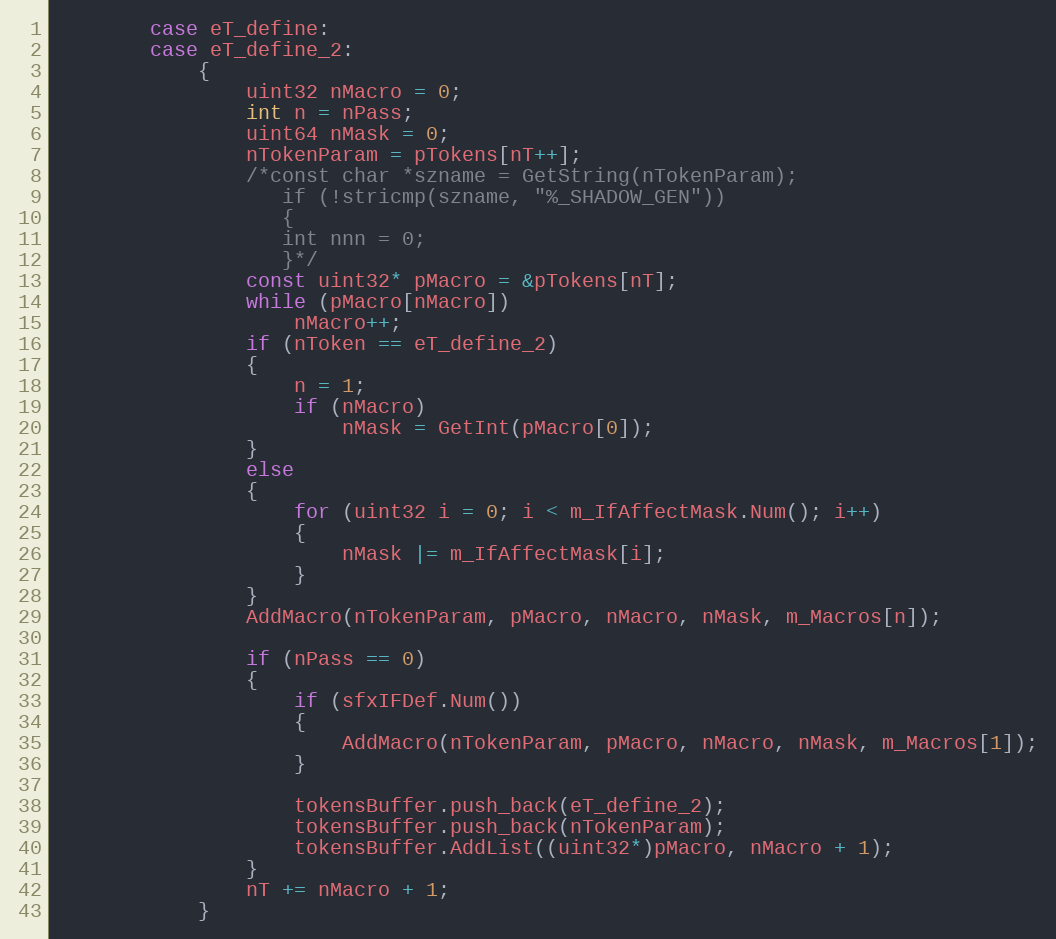
Language: C++
		case eT_define:
		case eT_define_2:
			{
				uint32 nMacro = 0;
				int n = nPass;
				uint64 nMask = 0;
				nTokenParam = pTokens[nT++];
				/*const char *szname = GetString(nTokenParam);
				   if (!stricmp(szname, "%_SHADOW_GEN"))
				   {
				   int nnn = 0;
				   }*/
				const uint32* pMacro = &pTokens[nT];
				while (pMacro[nMacro])
					nMacro++;
				if (nToken == eT_define_2)
				{
					n = 1;
					if (nMacro)
						nMask = GetInt(pMacro[0]);
				}
				else
				{
					for (uint32 i = 0; i < m_IfAffectMask.Num(); i++)
					{
						nMask |= m_IfAffectMask[i];
					}
				}
				AddMacro(nTokenParam, pMacro, nMacro, nMask, m_Macros[n]);

				if (nPass == 0)
				{
					if (sfxIFDef.Num())
					{
						AddMacro(nTokenParam, pMacro, nMacro, nMask, m_Macros[1]);
					}

					tokensBuffer.push_back(eT_define_2);
					tokensBuffer.push_back(nTokenParam);
					tokensBuffer.AddList((uint32*)pMacro, nMacro + 1);
				}
				nT += nMacro + 1;
			}